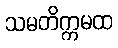
သမတိက္ကမထ